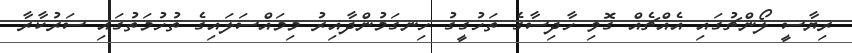
ރިޔާސީ ލޯންޗުގައި އެއްޗެއް ގޮވި ހާދިސާގެ ތަހުގީގު ހިނގަމުންދާއިރު މިމައްސަލައިގެ ތުހުމަތުގައި ސަރުކާރާ